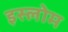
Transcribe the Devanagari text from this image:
इस्लोम